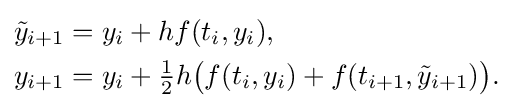
{\begin{aligned}{\tilde {y}}_{i+1}&=y_{i}+hf(t_{i},y_{i}),\\y_{i+1}&=y_{i}+{\tfrac {1}{2}}h{\bigl (}f(t_{i},y_{i})+f(t_{i+1},{\tilde {y}}_{i+1}){\bigr )}.\end{aligned}}